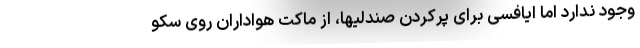
وجود ندارد اما ایافسی برای پُرکردن صندلیها، از ماکت هواداران روی سکو